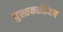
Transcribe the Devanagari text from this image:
पुस्तकाशिवाय